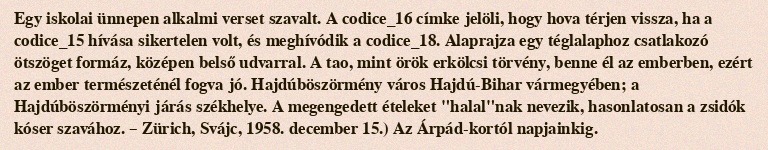
Egy iskolai ünnepen alkalmi verset szavalt. A codice_16 címke jelöli, hogy hova térjen vissza, ha a codice_15 hívása sikertelen volt, és meghívódik a codice_18. Alaprajza egy téglalaphoz csatlakozó ötszöget formáz, középen belső udvarral. A tao, mint örök erkölcsi törvény, benne él az emberben, ezért az ember természeténél fogva jó. Hajdúböszörmény város Hajdú-Bihar vármegyében; a Hajdúböszörményi járás székhelye. A megengedett ételeket "halal"nak nevezik, hasonlatosan a zsidók kóser szavához. – Zürich, Svájc, 1958. december 15.) Az Árpád-kortól napjainkig.